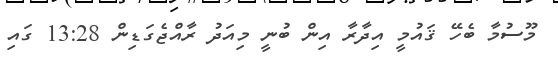
މޫސުމާ ބެހޭ ޤައުމީ އިދާރާ އިން ބުނީ މިއަދު ރާއްޖެގަޑިން 13:28 ގައި